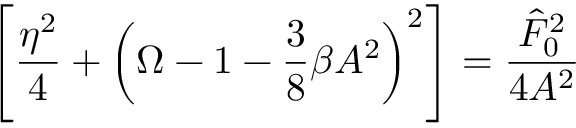
\left[ \frac { \eta ^ { 2 } } { 4 } + \left( \Omega - 1 - \frac { 3 } { 8 } \beta A ^ { 2 } \right) ^ { 2 } \right] = \frac { \hat { F } _ { 0 } ^ { 2 } } { 4 A ^ { 2 } }